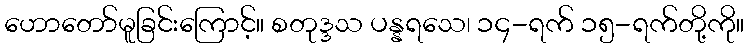
ဟောတော်မူခြင်းကြောင့်။ စတုဒ္ဒသ ပန္နရသေ၊ ၁၄-ရက် ၁၅-ရက်တို့ကို။